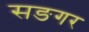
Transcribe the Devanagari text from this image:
सङगर